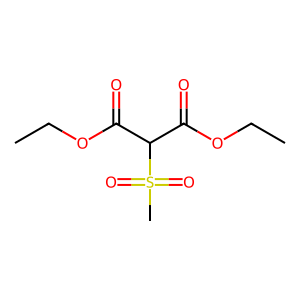
SMILES: CCOC(=O)C(C(=O)OCC)S(C)(=O)=O
Inhibits HIV replication: No